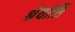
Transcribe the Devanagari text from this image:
श्रेयांसि